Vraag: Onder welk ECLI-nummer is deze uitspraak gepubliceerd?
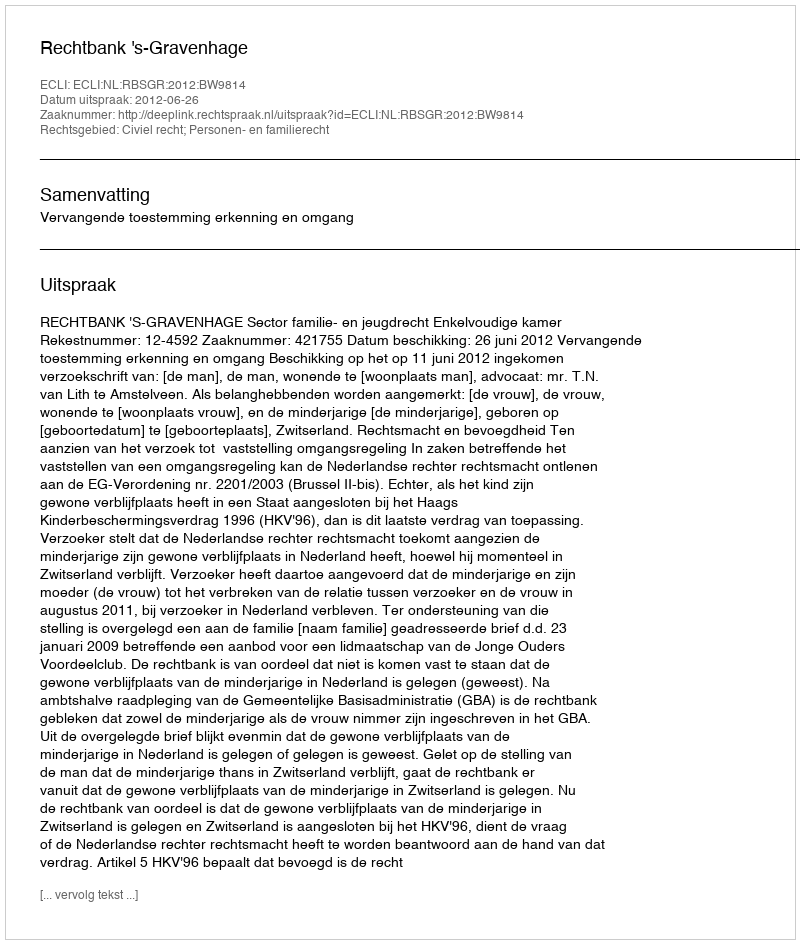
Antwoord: ECLI:NL:RBSGR:2012:BW9814